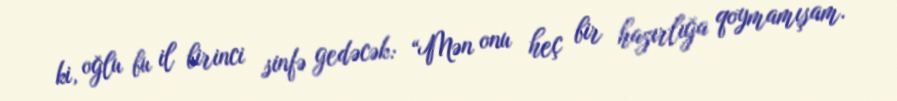
ki, oğlu bu il birinci sinfə gedəcək: “Mən onu heç bir hazırlığa qoymamışam.